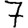
Digit: 7